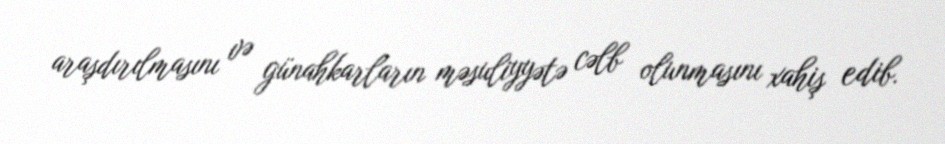
araşdırılmasını və günahkarların məsuliyyətə cəlb olunmasını xahiş edib.